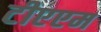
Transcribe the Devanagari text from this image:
टीएएम